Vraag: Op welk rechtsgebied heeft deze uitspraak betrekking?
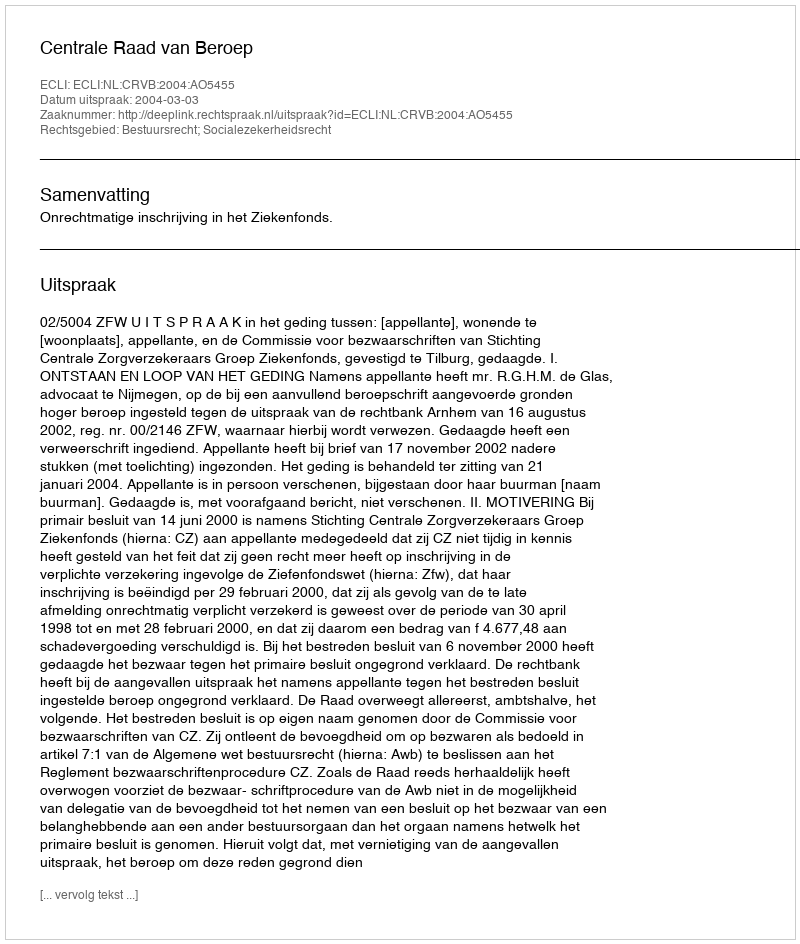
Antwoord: Bestuursrecht; Socialezekerheidsrecht